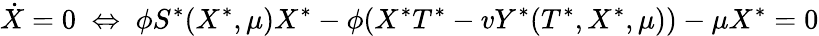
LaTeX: \dot{X}=0\; \Leftrightarrow\; \phi S^{\ast}(X^{\ast},\mu)X^{\ast}-\phi(X^{\ast}T^{\ast}-vY^{\ast}(T^{\ast},X^{\ast},\mu))-\mu X^{\ast}=0